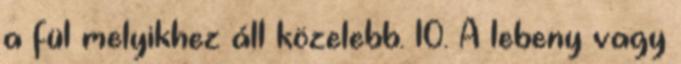
a fül melyikhez áll közelebb. 10. A lebeny vagy